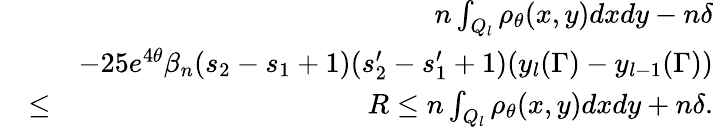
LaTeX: \begin{array}{rlr}&{}&{n\int_{Q_{l}}\rho_{\theta}(x,y)dxdy-n\delta}\\ &{}&{-25e^{4\theta}\beta_{n}(s_{2}-s_{1}+1)(s_{2}^{\prime}-s_{1}^{\prime}+1)(y_{l}(\Gamma)-y_{l-1}(\Gamma))}\\ &{\leq}&{R\leq n\int_{Q_{l}}\rho_{\theta}(x,y)dxdy+n\delta.}\end{array}